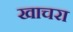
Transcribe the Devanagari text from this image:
खाचरा